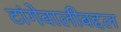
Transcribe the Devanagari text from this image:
टांगेवालीबद्दल